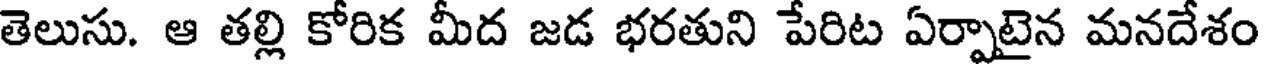
తెలుసు. ఆ తల్లి కోరిక మీద జడ భరతుని పేరిట ఏర్పాటైన మనదేశం